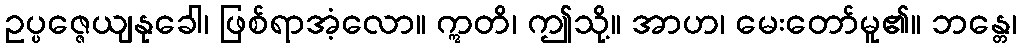
ဥပ္ပဇ္ဇေယျနုခေါ၊ ဖြစ်ရာအံ့လော။ ဣတိ၊ ဤသို့။ အာဟ၊ မေးတော်မူ၏။ ဘန္တေ၊